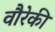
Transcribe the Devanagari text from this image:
वौरेकी